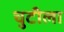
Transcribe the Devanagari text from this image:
चुटीला